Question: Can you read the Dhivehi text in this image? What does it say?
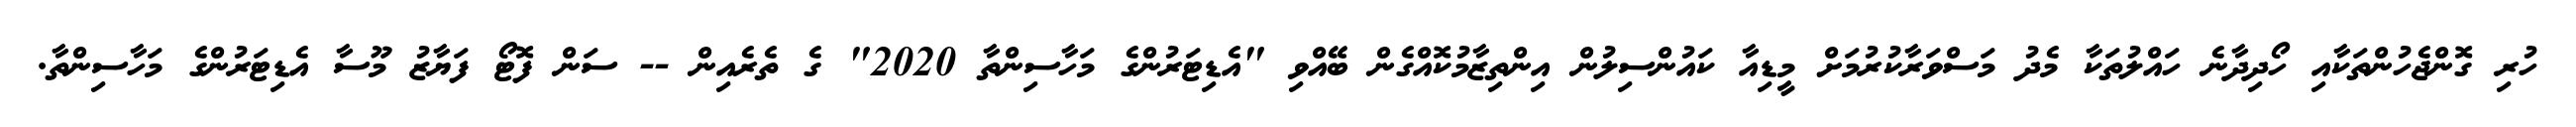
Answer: ހުރި ގޮންޖެހުންތަކާއި ހޯދިދާނެ ހައްލުތަކާ މެދު މަސްވަރާކުރުމަށް މީޑިއާ ކައުންސިލުން އިންތިޒާމުކޮއްގެން ބޭއްވި "އެޑިޓަރުންގެ މަހާސިންތާ 2020" ގެ ތެރެއިން -- ސަން ފޮޓޯ ފަޔާޒު މޫސާ އެޑިޓަރުންގެ މަހާސިންތާ.